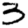
Digit: 3